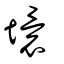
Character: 𡑡